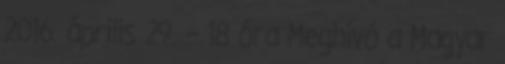
2016. április 29. – 18 óra Meghívó a Magyar